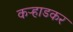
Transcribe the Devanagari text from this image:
कऱ्हाडकर